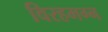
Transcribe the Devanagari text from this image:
विरहमग्न